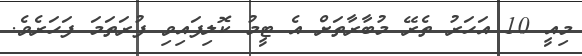
މިއީ 10 އަހަރު ތެރޭ މުބާރާތަށް އެ ޓީމު ކޮލިފައިވި ފުރަތަމަ ފަހަރެވެ.